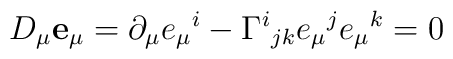
D_\mu{\bf e}_\mu=\partial_\mu e_\mu{}^i-\Gamma^i{}_{jk}e_\mu{}^je_\mu{}^k=0